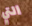
التي